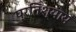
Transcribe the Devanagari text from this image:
प्रतिश्‍याय